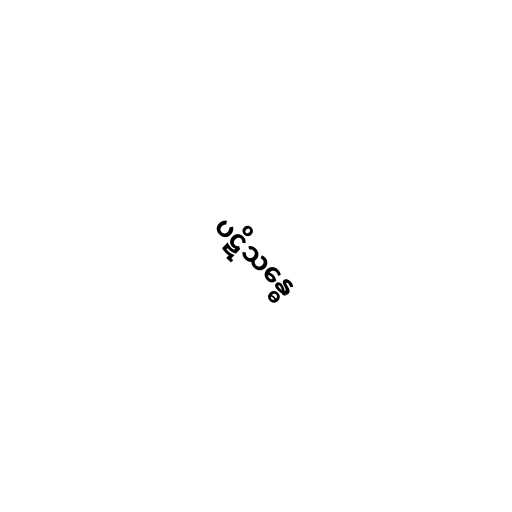
ပဋိသန္ဓေ